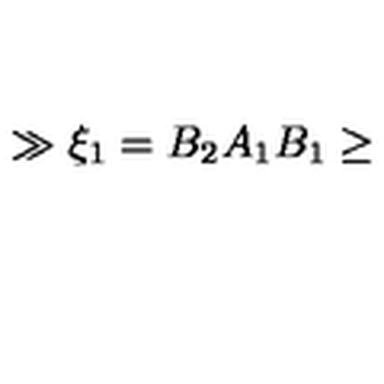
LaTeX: \gg \xi _ { 1 } = B _ { 2 } A _ { 1 } B _ { 1 } \geq